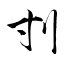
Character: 刌